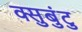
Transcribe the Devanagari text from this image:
क्सुबुंटु